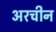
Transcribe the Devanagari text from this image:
अरचीन